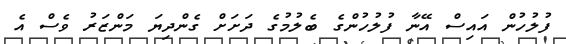
ފުލުހުން އައިސް އޭނާ ފުލުހުންގެ ބެލުމުގެ ދަށަށް ގެންދިޔަ މަންޒަރު ވެސް އެ